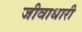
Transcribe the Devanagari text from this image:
जीवाधारी